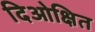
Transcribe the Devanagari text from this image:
दिओक्षित